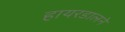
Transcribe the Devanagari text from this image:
हायरडालने